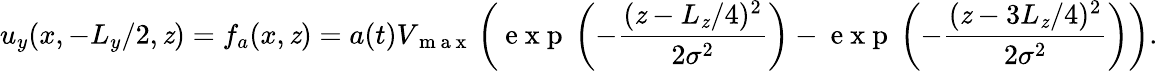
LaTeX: u_{y}(x,-L_{y}/2,\mathit{z})=f_{a}(x,\mathit{z})=a(t)V_{\mathrm{{~m~a~x~}}}\left(\mathrm{{~e~x~p~}}\left(-\frac{{(\mathit{z}-L_{\mathit{z}}/4)^{2}}}{{2\sigma^{2}}}\right)-\mathrm{{~e~x~p~}}\left(-\frac{{(\mathit{z}-3L_{\mathit{z}}/4)^{2}}}{{2\sigma^{2}}}\right)\right).